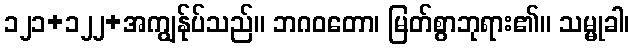
၁၂၁+၁၂၂+အကျွန်ုပ်သည်။ ဘဂဝတော၊ မြတ်စွာဘုရား၏။ သမ္မုခါ၊